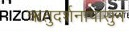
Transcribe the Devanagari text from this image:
ऋतुदर्शनापासुन